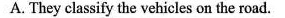
A. They classify the vehicles on the road.